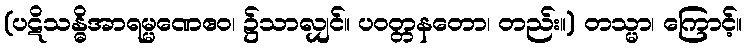
(ပဋိသန္ဓိအာရမ္မဏေဧဝ၊ ၌သာလျှင်။ ပဝတ္တနတော၊ တည်း။) တသ္မာ၊ ကြောင့်။